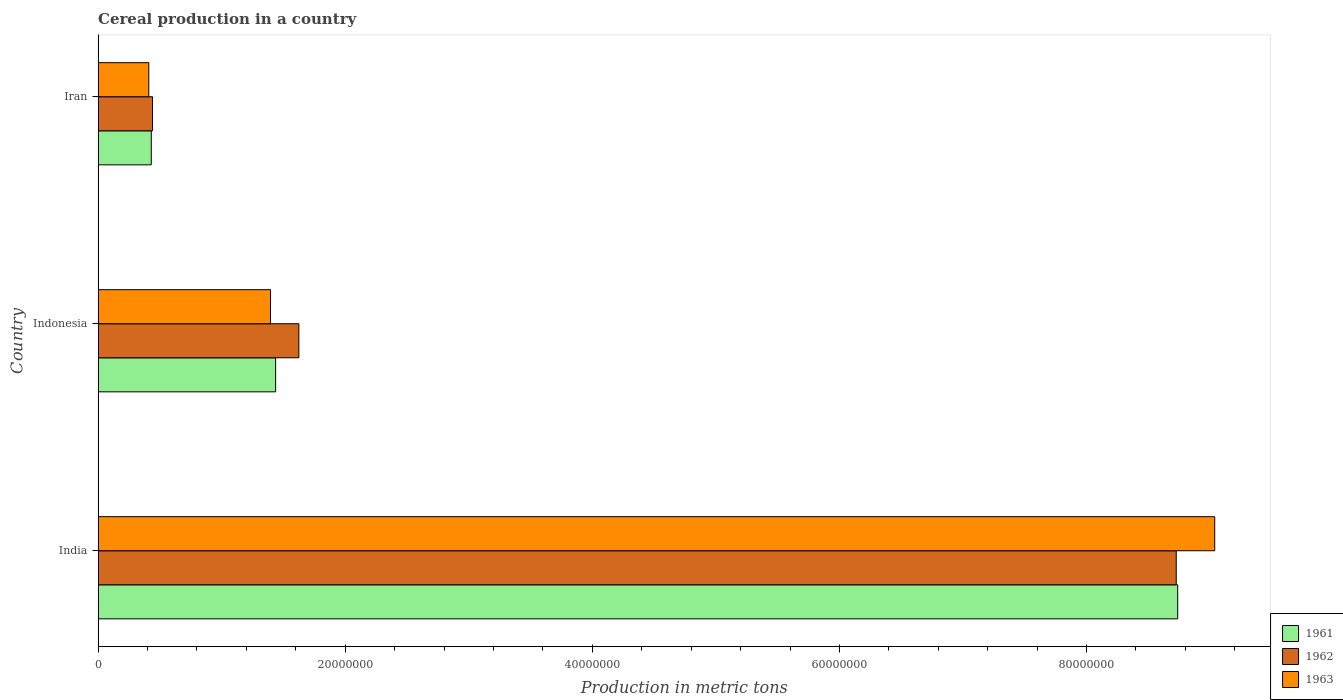
| Country | 1961 | 1962 | 1963 |
 | --- | --- | --- | --- |
 | India | 8.74e+07 | 8.73e+07 | 9.04e+07 |
 | Indonesia | 1.44e+07 | 1.62e+07 | 1.4e+07 |
 | Iran | 4.3e+06 | 4.4e+06 | 4.1e+06 |